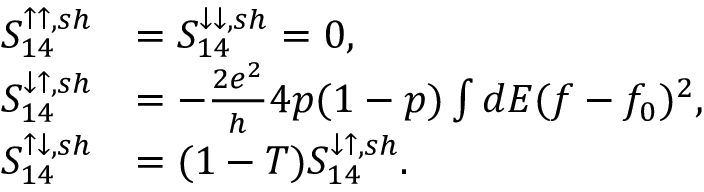
\begin{array} { r l } { { S _ { 1 4 } ^ { \uparrow \uparrow , s h } } } & { { = S _ { 1 4 } ^ { \downarrow \downarrow , s h } = 0 , } } \\ { { S _ { 1 4 } ^ { \downarrow \uparrow , s h } } } & { { = - \frac { 2 e ^ { 2 } } { h } 4 p ( 1 - p ) \int d E ( f - f _ { 0 } ) ^ { 2 } , } } \\ { { S _ { 1 4 } ^ { \uparrow \downarrow , s h } } } & { { = ( 1 - T ) S _ { 1 4 } ^ { \downarrow \uparrow , s h } } . } \end{array}